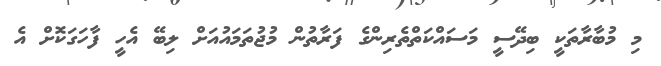
މި މުބާރާތަކީ ބިދޭސީ މަސައްކަތްތެރިންގެ ފަރާތުން މުޖުތަމައުއަށް ލިބޭ އެހީ ފާހަގަކޮށް އެ